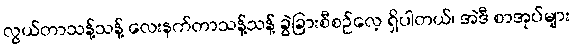
လွယ်တာသန့်သန့် လေးနက်တာသန့်သန့် ခွဲခြားစီစဉ်လေ့ ရှိပါတယ်၊ အဲဒီ စာအုပ်များ